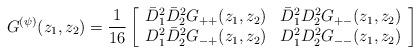
LaTeX: \begin{align*} G^{(\psi)}(z_1,z_2) = \frac{1}{16} \left[ \begin{array}{ll} \bar{D}^2_1\bar{D}^2_2 G_{++}(z_1,z_2) & \bar{D}^2_1 D^2_2 G_{+-}(z_1,z_2)\\ D^2_1\bar{D}^2_2 G_{-+}(z_1,z_2) & D^2_1 D^2_2 G_{--}(z_1,z_2) \end{array} \right]\end{align*}